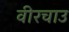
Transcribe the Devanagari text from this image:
वीरचाउ